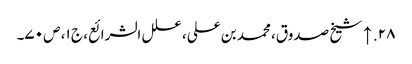
۲۸. ↑ شیخ صدوق، محمد بن علی، علل الشرائع، ج ۱، ص ۷۰۔